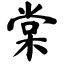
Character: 棠